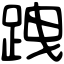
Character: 跩